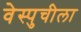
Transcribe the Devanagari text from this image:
वेस्पुचीला